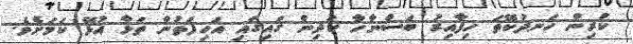
ކުރިން ހަނދުކޭތަ ހިފާއިރު ބަސްނާހާ ކުދިން ގައިގައި އަހިފަތުން ތަޅާ އުޅޭ ކަމަށެވެ.